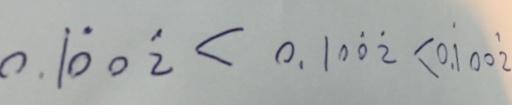
0 . \dot { 1 } \dot { 0 } 0 \dot { 2 } < 0 . 1 0 \dot { 0 } \dot { 2 } < 0 . \dot { 1 } 0 0 \dot { 2 }